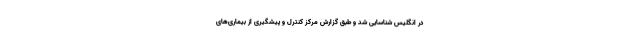
در انگلیس شناسایی شد و طبق گزارش مرکز کنترل و پیشگیری از بیماری‌های